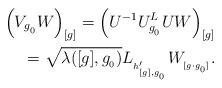
LaTeX: \begin{align*}\Big( V_{g_{{}_0}} W \Big)_{[g]} = \Big( U^{-1} U^{L}_{g_{{}_0}} U W \Big)_{[g]} \\= \sqrt{\lambda([g], g_{{}_0})} L_{{}_{h'_{{}_{[g],g_{{}_0}}}}} W_{{}_{[g \cdot g_{{}_0}]}}.\end{align*}